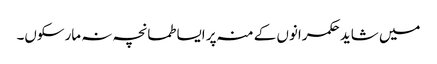
میں شاید حکمرانوں کے منہ پر ایسا طمانچہ نہ مارسکوں۔